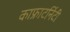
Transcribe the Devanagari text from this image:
काफ्राटर्निटी